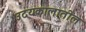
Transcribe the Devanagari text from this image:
उदयकालातील